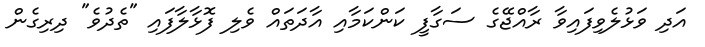
އަދި ވަޅުލެވިފައިވާ ރާއްޖޭގެ ސަގާފީ ކަންކަމާއި އާދަތައް ވެލި ފޮޅާލާފައި "ތެދުވެ" ދިރިގެން